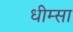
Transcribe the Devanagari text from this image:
धीम्सा